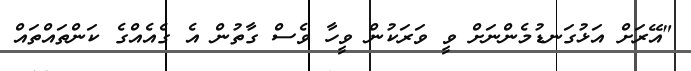
"އޭރަށް އަޅުގަނޑުމެންނަށް ވީ ވަރަކުން ވީހާ ވެސް ގާތުން އެ ގެއެއްގެ ކަންތައްތައް